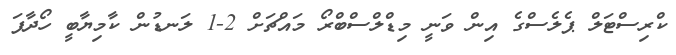
ކްރިސްޓަލް ޕެލެސްގެ އިން ވަނީ މިޑްލްސްބްރޯ މައްޗަށް 2-1 ލަނޑުން ކާމިޔާބީ ހޯދާފަ